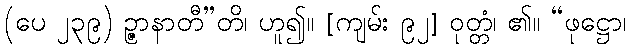
(ပေ ၂၃၉) ဉ္ဇာနာတီ”တိ၊ ဟူ၍။ [ကျမ်း ၉၂] ဝုတ္တံ၊ ၏။ “ဖုဋ္ဌော၊